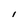
Character: I